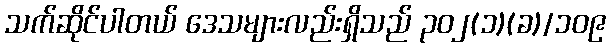
သက်ဆိုင်ပါတယ် ဒေသများလည်းရှိသည် ၃၀၂(၁)(ခ)/၁၀၉